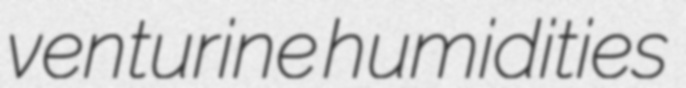
venturine humidities